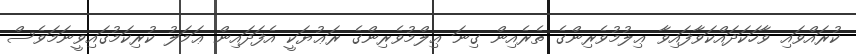
ކުރައްވައި ވާހަކަދައްކަވާފައިވާ ޢިލުމުވެރިންގެ ތެރެއިން ގިނަ ޢިލްމުވެރިންގެ ރަޢުޔަކީ އެފަދައިން ޢަމަލު ކުރިކަމުގައިވީނަމަވެސް